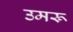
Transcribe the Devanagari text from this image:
उमरू